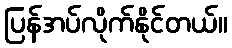
ပြန်အပ်လိုက်နိုင်တယ်။